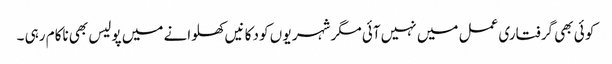
کو ئی بھی گرفتاری عمل میں نہیں آئی مگر شہر یو ں کو دکا نیں کھلوانے میں پولیس بھی ناکام رہی ۔